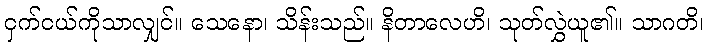
ငှက်ငယ်ကိုသာလျှင်။ သေနော၊ သိန်းသည်။ နိတာလေဟိ၊ သုတ်လွှဲယူ၏။ သာဂတိ၊